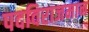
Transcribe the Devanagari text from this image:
पदविराजमान